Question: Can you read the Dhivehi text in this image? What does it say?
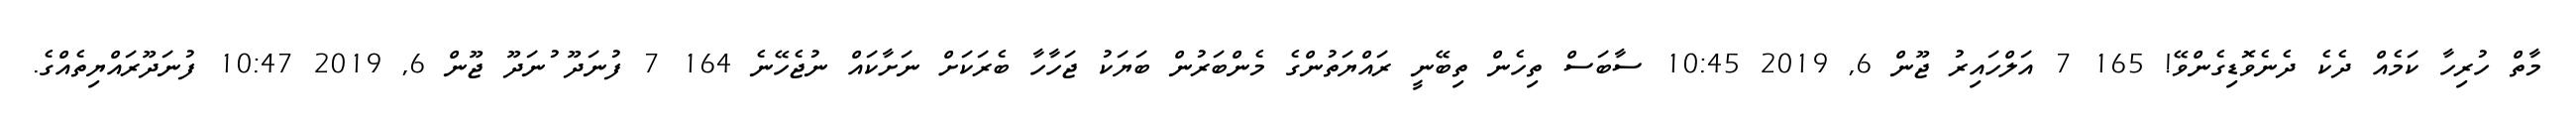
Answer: މާތް ހުރިހާ ކަމެއް ދެކެ ދެނެވޮޑިގެންވޭ! 165 7 އަލްހައިރު ޖޫން 6, 2019 10:45 ސާބަސް ތިހެން ތިބޭނީ ރައްޔަތުންގެ މެންބަރުން ބަޔަކު ޖަހާހާ ބެރަކަށް ނަށާކައް ނުޖެހޭނެ 164 7 ފުނަދޫ ުނަދޫ ޖޫން 6, 2019 10:47 ފުނަދޫރައްޔިތެއްގެ.